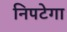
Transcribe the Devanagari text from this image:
निपटेगा